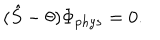
( \hat { S } - \theta ) \Phi _ { p h y s } = 0 .